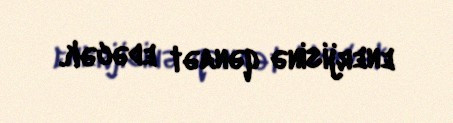
enerjisinə qənaət edəcək.